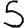
Digit: 5